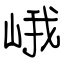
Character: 峨